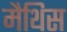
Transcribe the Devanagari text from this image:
मैथिस